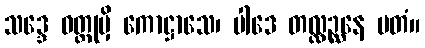
သဒ္ဒေ ဝတ္ထုမှိ ကောဋ္ဌာသေ၊ ပါဒေ တလ္လဉ္ဆနေ မတံ။